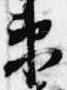
衛